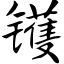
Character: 镬